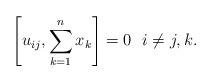
LaTeX: \begin{gather*}\left[u_{ij},\sum_{k=1}^{n} x_k\right] =0 \ \ i \not= j, k.\end{gather*}